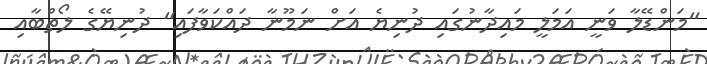
"މަންޑޭލާ ވަނީ އަމަލީ މައިދާނުގައި ދުނިޔެ އަށް ނަމޫނާ ދައްކަވާފައި" ދުނިޔޭގެ ލޯތްބާއި